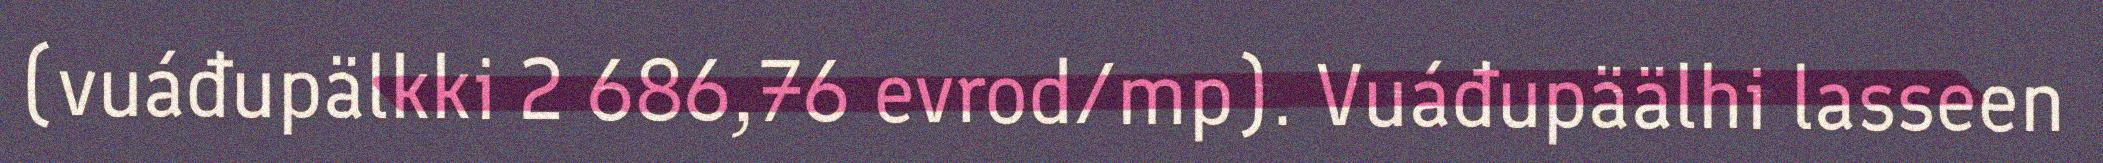
(vuáđupälkki 2 686,76 evrod/mp). Vuáđupäälhi lasseen